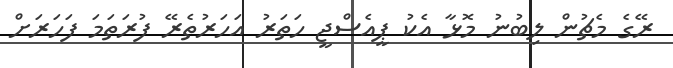
ރޭގެ މެޗުން ލިބުނު މޮޅާ އެކު ޕީއެސްޖީ ހަތަރު އަހަރުތެރޭ ފުރަތަމަ ފަހަރަށް